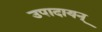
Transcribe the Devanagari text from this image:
उपादायन्